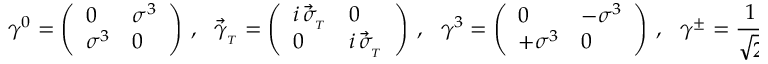
\gamma ^ { 0 } = \left( \begin{array} { l l } { { 0 } } & { { \sigma ^ { 3 } } } \\ { { \sigma ^ { 3 } } } & { { 0 } } \end{array} \right) \ , \ \ \ \vec { \gamma } _ { _ T } = \left( \begin{array} { l l } { { i \, \vec { \sigma } _ { _ T } } } & { { 0 } } \\ { { 0 } } & { { i \, \vec { \sigma } _ { _ T } } } \end{array} \right) \ , \ \ \ \gamma ^ { 3 } = \left( \begin{array} { l l } { { 0 } } & { { - \sigma ^ { 3 } } } \\ { { + \sigma ^ { 3 } } } & { { 0 } } \end{array} \right) \ , \ \ \ \gamma ^ { \pm } = \frac { 1 } { \sqrt { 2 } } \, ( \gamma ^ { 0 } \pm \gamma ^ { 3 } ) \ .